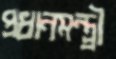
প্রধানমন্ত্র্রী